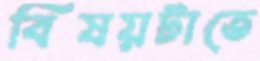
বিষয়টাতে